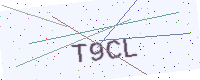
Text: T9CL